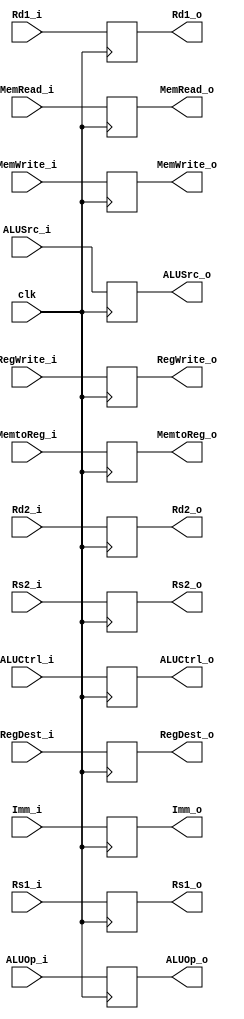
module RegIDEX(
    RegWrite_i,
    MemtoReg_i,
    MemRead_i,
    MemWrite_i,
    ALUOp_i,
    ALUSrc_i,
    Rd1_i,
    Rd2_i,
    Imm_i,
    ALUCtrl_i,
    RegDest_i,
    Rs1_i,
    Rs2_i,
    RegWrite_o,
    MemtoReg_o,
    MemRead_o,
    MemWrite_o,
    ALUOp_o,
    ALUSrc_o,
    Rd1_o,
    Rd2_o,
    Imm_o,
    ALUCtrl_o,
    RegDest_o,
    Rs1_o,
    Rs2_o,
    clk
);

input clk;
input RegWrite_i;
input MemtoReg_i;
input MemRead_i;
input MemWrite_i;
input [1:0] ALUOp_i;
input ALUSrc_i;
input [31:0] Rd1_i;
input [31:0] Rd2_i;
input [31:0] Imm_i;
input [9:0] ALUCtrl_i;
input [4:0] RegDest_i;
input [4:0] Rs1_i;
input [4:0] Rs2_i;
output RegWrite_o;
output MemtoReg_o;
output MemRead_o;
output MemWrite_o;
output [1:0] ALUOp_o;
output ALUSrc_o;
output [31:0] Rd1_o;
output [31:0] Rd2_o;
output [31:0] Imm_o;
output [9:0] ALUCtrl_o;
output [4:0] RegDest_o;
output [4:0] Rs1_o;
output [4:0] Rs2_o;

reg RegWrite;
reg MemtoReg;
reg MemRead;
reg MemWrite;
reg [1:0] ALUOp;
reg ALUSrc;
reg [31:0] Rd1;
reg [31:0] Rd2;
reg [31:0] Imm;
reg [9:0] ALUCtrl;
reg [4:0] RegDest;
reg [4:0] Rs1;
reg [4:0] Rs2;

assign RegWrite_o = RegWrite;
assign MemtoReg_o = MemtoReg;
assign MemRead_o = MemRead;
assign MemWrite_o = MemWrite;
assign ALUOp_o = ALUOp;
assign ALUSrc_o = ALUSrc;
assign Rd1_o = Rd1;
assign Rd2_o = Rd2;
assign Imm_o = Imm;
assign ALUCtrl_o = ALUCtrl;
assign RegDest_o = RegDest;
assign Rs1_o = Rs1;
assign Rs2_o = Rs2;

always @(posedge clk) begin
    RegWrite <= RegWrite_i;
    MemtoReg <= MemtoReg_i;
    MemRead <= MemRead_i;
    MemWrite <= MemWrite_i;
    ALUOp <= ALUOp_i;
    ALUSrc <= ALUSrc_i;
    Rd1 <= Rd1_i;
    Rd2 <= Rd2_i;
    Imm <= Imm_i;
    ALUCtrl <= ALUCtrl_i;
    RegDest <= RegDest_i;
    Rs1 <= Rs1_i;
    Rs2 <= Rs2_i;
end

endmodule